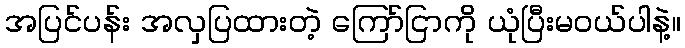
အပြင်ပန်း အလှပြထားတဲ့ ကြော်ငြာကို ယုံပြီးမဝယ်ပါနဲ့။